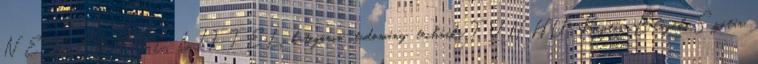
NE MENYÉL LIFTEL. kategória: tudomány technika TVN.HU, Képtár, Blogok, Szótár,